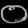
Digit: ၀